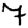
Digit: 7